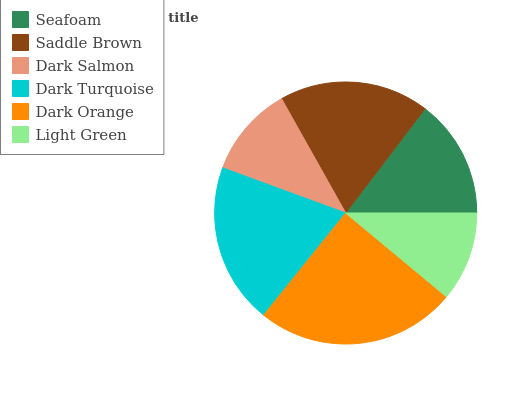
| Seafoam | Saddle Brown | Dark Salmon | Dark Turquoise | Dark Orange | Light Green |
 | --- | --- | --- | --- | --- | --- |
 | 14.6% | 18.5% | 11.3% | 19.9% | 24.7% | 11% |